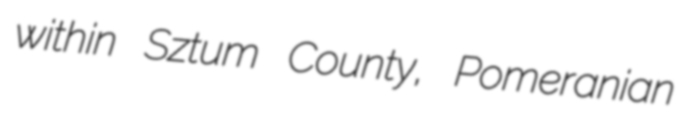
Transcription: within Sztum County, Pomeranian